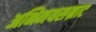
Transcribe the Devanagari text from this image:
अभिनयसम्राट